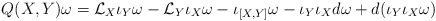
\begin{align*}Q(X,Y)\omega = {\cal L}_X \iota_Y \omega - {\cal L}_Y \iota_X \omega - \iota_{[X,Y]}\omega- \iota_Y \iota_X d\omega + d(\iota_Y\iota_X \omega)\end{align*}